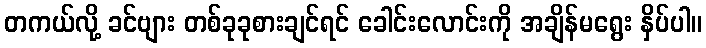
တကယ်လို့ ခင်ဗျား တစ်ခုခုစားချင်ရင် ခေါင်းလောင်းကို အချိန်မရွေး နှိပ်ပါ။